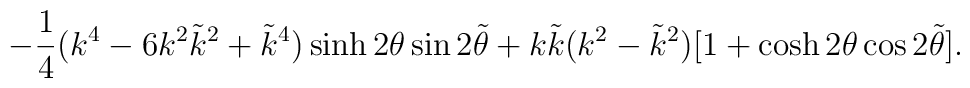
-\frac{1}{4}(k^4-6k^2 \tilde k^2+\tilde k^4)\sinh 2\theta \sin2 \tilde \theta+k \tilde k (k^2-\tilde k^2)[1+\cosh2 \theta \cos2 \tilde \theta].